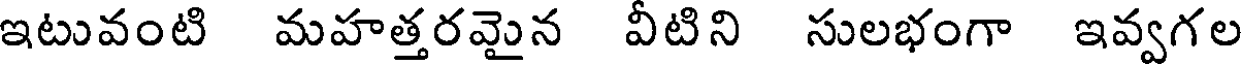
ఇటువంటి మహత్తరమైన వీటిని సులభంగా ఇవ్వగల